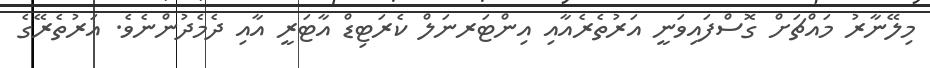
މިލޭނާރު މައްޗަށް ގޮސްފައިވަނީ އަރުތެރެއާއި އިންޓަރނަލް ކެރަޓިޑް އާޓަރީ އާއި ދެމެދުންނެވެ. އަރުތެރޭގެ